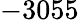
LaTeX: -3055